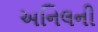
અનિલની